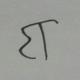
Signature authenticity: forged